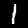
Digit: 1